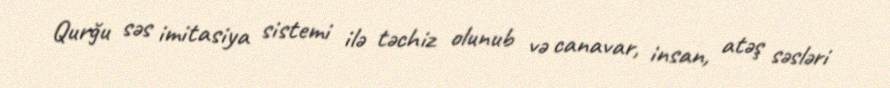
Qurğu səs imitasiya sistemi ilə təchiz olunub və canavar, insan, atəş səsləri